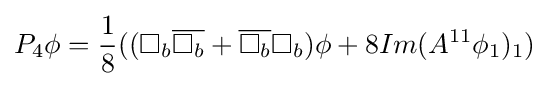
P_{4}\phi ={\frac {1}{8}}((\Box _{b}{\overline {\Box _{b}}}+{\overline {\Box _{b}}}\Box _{b})\phi +8Im(A^{11}\phi _{1})_{1})